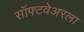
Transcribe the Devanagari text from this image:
सॉफ्टवेअरला